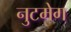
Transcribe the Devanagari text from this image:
नुटमेग